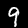
Digit: 9